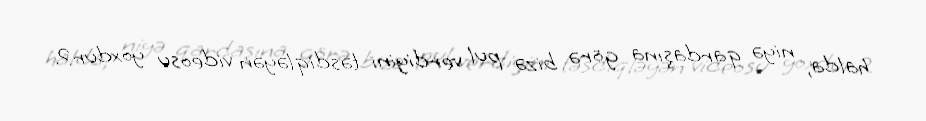
halda, niyə qardaşına görə bizə pul verdiyini təsdiqləyən videosu yoxdur?.